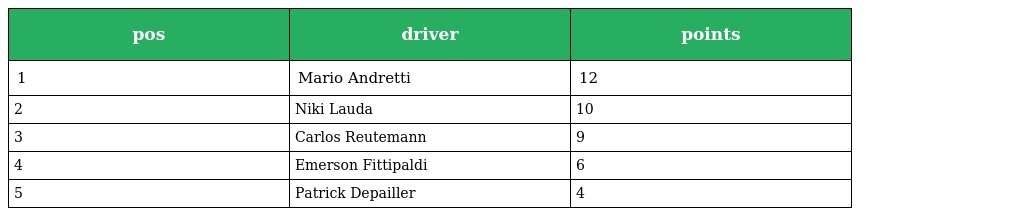
| pos | driver | points |
 | --- | --- | --- |
 | 1 | Mario Andretti | 12 |
 | 2 | Niki Lauda | 10 |
 | 3 | Carlos Reutemann | 9 |
 | 4 | Emerson Fittipaldi | 6 |
 | 5 | Patrick Depailler | 4 |